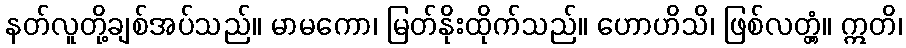
နတ်လူတို့ချစ်အပ်သည်။ မာမကော၊ မြတ်နိုးထိုက်သည်။ ဟောဟိသိ၊ ဖြစ်လတ္တံ့။ ဣတိ၊